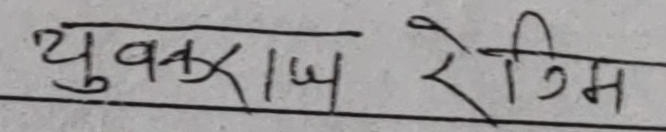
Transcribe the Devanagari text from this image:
युवराज रेगमी